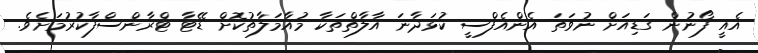
އެއީ ފޯނުން ގަޑިއަށް ނުވަތަ އެންއެފްސީ ކުޅަދާނަ އާލާތްތަކާ މުއާމަލާތުކޮށް ޑޭޓާ ޓްރާންސްފާކުރުމަށެވެ.